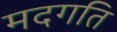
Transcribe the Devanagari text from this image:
मदगति